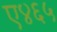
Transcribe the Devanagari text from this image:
ए४६५